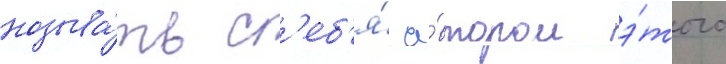
называ́ть с'еб'я́ а́втором э́того